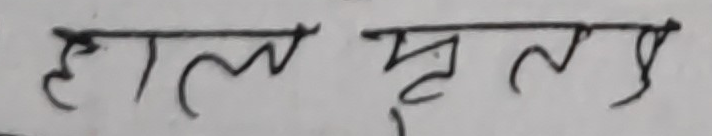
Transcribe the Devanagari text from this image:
हाल मृत्यु